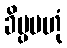
ခိပ္ပမဟုံ